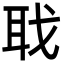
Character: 聀